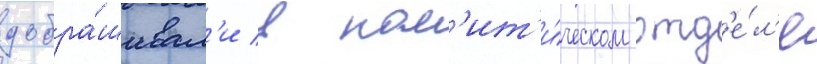
допра́шивал'и в пол'ит'и́ческом отд'е́л'е